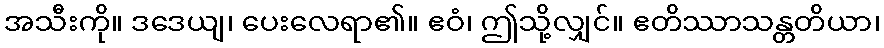
အသီးကို။ ဒဒေယျ၊ ပေးလေရာ၏။ ဧဝံ၊ ဤသို့လျှင်။ ဧတိဿာသန္တတိယာ၊